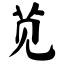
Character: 苋